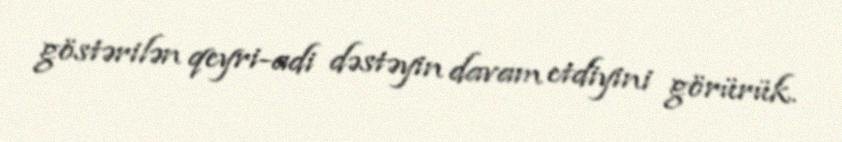
göstərilən qeyri-adi dəstəyin davam etdiyini görürük.